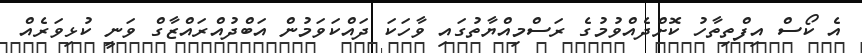
އެ ކޯސް އިފްތިތާހު ކޮށްދެއްވުމުގެ ރަސްމިއްޔާތުގައި ވާހަކަ ދައްކަވަމުން އަބްދުއްރައްޒާގް ވަނީ ކުޅިވަރެއް